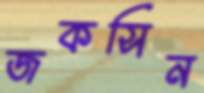
জকসিন